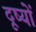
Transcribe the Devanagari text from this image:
दूष्यों